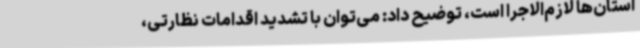
استان‌ها لازم‌الاجرا است، توضیح داد: می‌توان با تشدید اقدامات نظارتی،